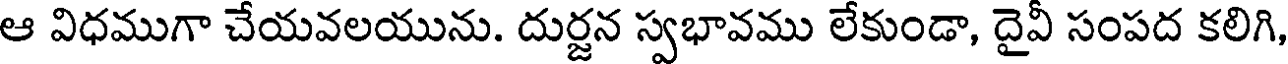
ఆ విధముగా చేయవలయును. దుర్జన స్వభావము లేకుండా, దైవీ సంపద కలిగి,